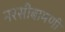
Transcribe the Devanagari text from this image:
नरसीबामणी